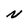
Character: N